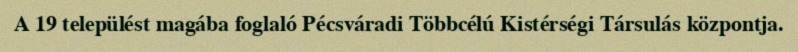
A 19 települést magába foglaló Pécsváradi Többcélú Kistérségi Társulás központja.